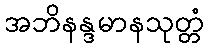
အဘိနန္ဒမာနသုတ္တံ